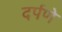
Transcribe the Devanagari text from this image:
दर्पणे